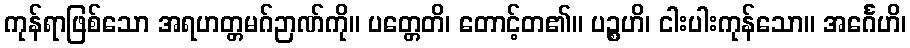
ကုန်ရာဖြစ်သော အရဟတ္တမဂ်ဉာဏ်ကို။ ပတ္တေတိ၊ တောင့်တ၏။ ပဉ္စဟိ၊ ငါးပါးကုန်သော။ အင်္ဂေဟိ၊